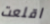
اقلعت